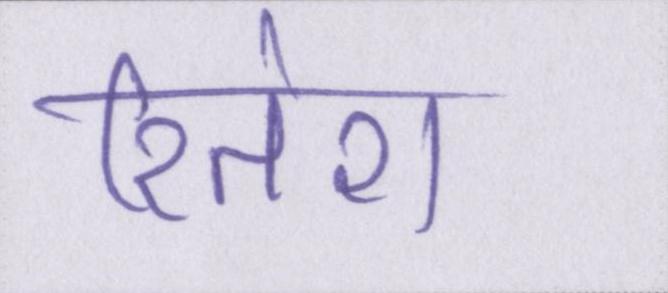
रितेश